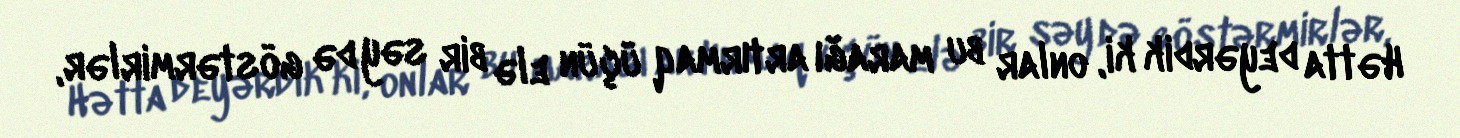
Hətta deyərdik ki, onlar bu marağı artırmaq üçün elə bir səy də göstərmirlər,